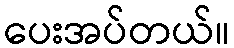
ပေးအပ်တယ်။